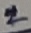
Text: 2